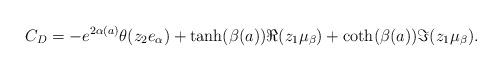
LaTeX: \begin{align*}C_D=-e^{2\alpha(a)}\theta(z_2e_{\alpha})+\tanh(\beta(a))\Re(z_1\mu_{\beta}) +\coth(\beta(a))\Im(z_1\mu_{\beta}).\end{align*}